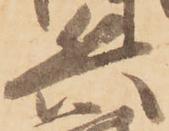
兵